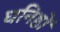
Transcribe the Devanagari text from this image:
घनिष्ठों